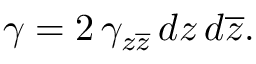
\gamma = 2 \, \gamma _ { z \overline { { { z } } } } \, d z \, d \overline { { { z } } } .